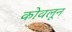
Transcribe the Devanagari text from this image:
कोवलून